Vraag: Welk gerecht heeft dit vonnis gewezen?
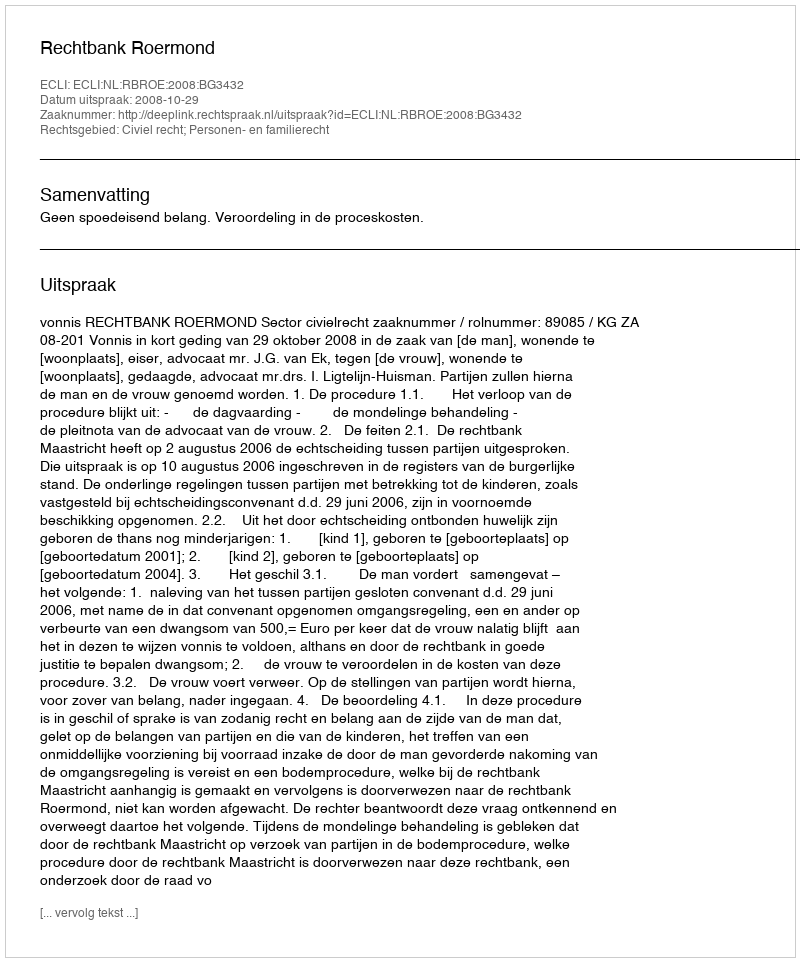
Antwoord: Rechtbank Roermond